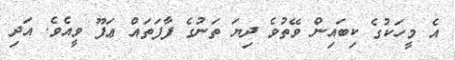
އެ މީހަކުގެ ކިބައިން ވޭތުވެ ދިޔަ ތަނުގެ ފާފަތައް ޢަފޫ ވީއެވެ. އަދި